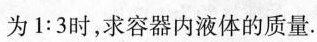
为1:3时，求容器内液体的质量。